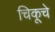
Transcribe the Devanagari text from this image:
चिकूचे